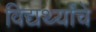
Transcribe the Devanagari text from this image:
विद्यर्थ्यांचे